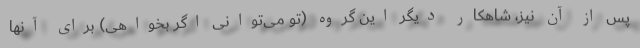
پس از آن نیز، شاهکار دیگر این گروه (تو می‌توانی اگر بخواهی) برای آنها